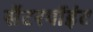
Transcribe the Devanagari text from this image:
सेंटरपॉइंट